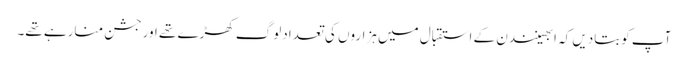
آپ کوبتادیں کہ ابھینندن کے استقبال میں ہزاروں کی تعدادلوگ کھڑے تھے اورجشن منارہے تھے۔